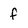
Character: f